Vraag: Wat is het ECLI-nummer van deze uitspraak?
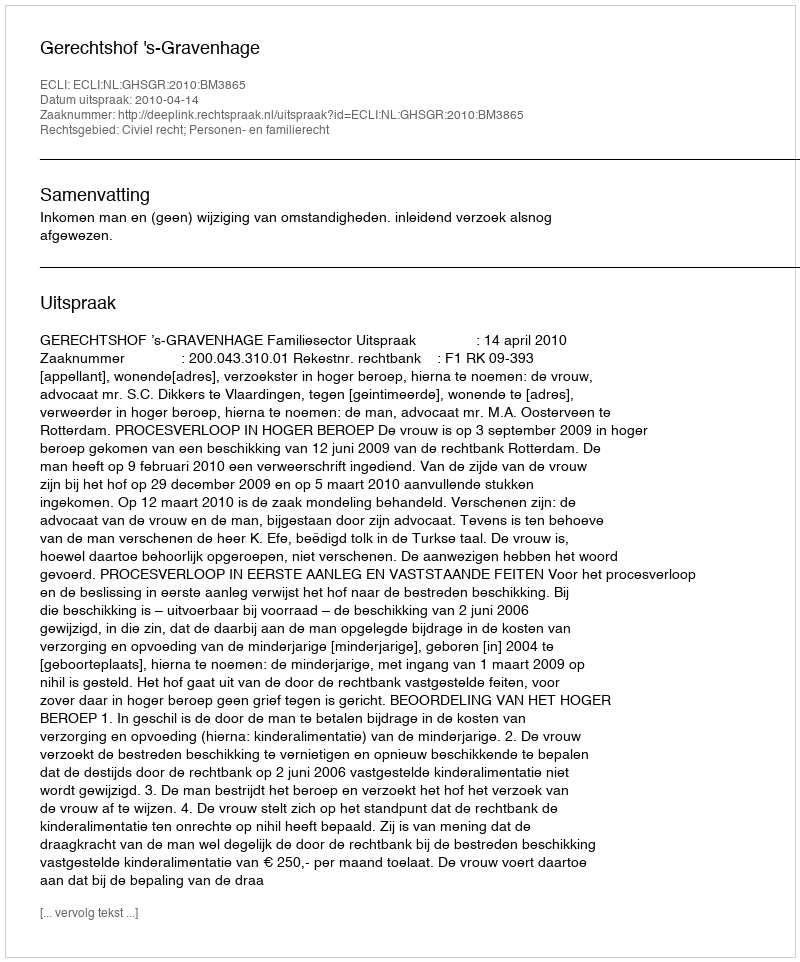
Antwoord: ECLI:NL:GHSGR:2010:BM3865